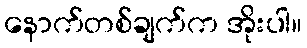
နောက်တစ်ချက်က အိုးပါ။